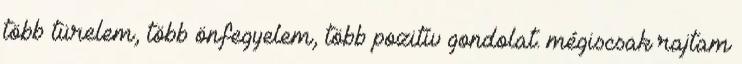
több türelem, több önfegyelem, több pozitív gondolat. mégiscsak rajtam